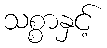
သစ္စာနှင့်